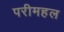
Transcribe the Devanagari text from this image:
परीमहल